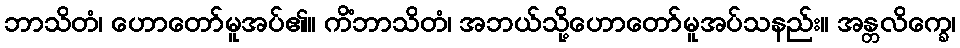
ဘာသိတံ၊ ဟောတော်မူအပ်၏။ ကိံဘာသိတံ၊ အဘယ်သို့ဟောတော်မူအပ်သနည်း။ အန္တလိက္ခေ၊